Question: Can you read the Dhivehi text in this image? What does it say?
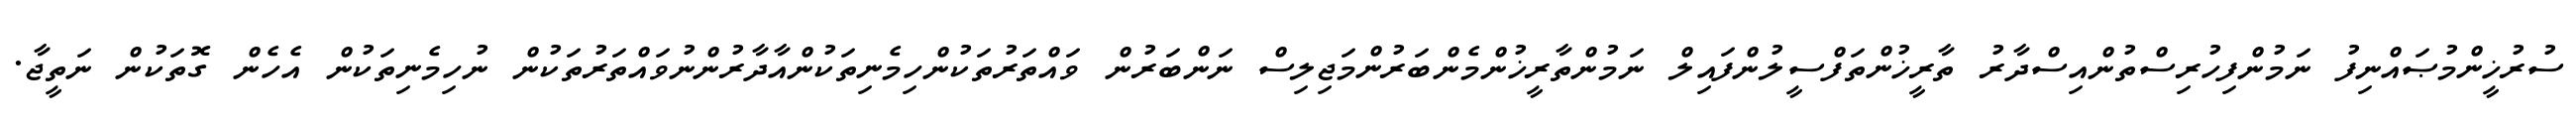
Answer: ސުރުޚީންމުޞައްނިފު ނަމުންފިހުރިސްތުންއިސްދާރު ތާރީޚުންތަފްސީލުންފައިލް ނަމުންތާރީޚުންމެންބަރުންމަޖިލިސް ނަންބަރުން ވައްތަރުތަކުންހިމެނިތަކުންއާދާރުންނުވައްތަރުތަކުން ނުހިމެނިތަކުން އެހެން ގޮތަކުން ނަތީޖާ.